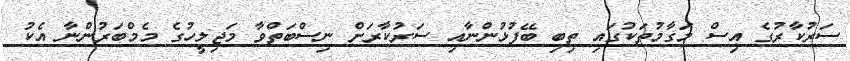
ސަރުކާރުގެ އިސް މަގާމުތަކުގައި ތިބި ބޭފުޅުންނާއި ސަރުކާރަށް ނިސްބަތްވާ މަޖިލީހުގެ މެމްބަރުންނާ އެކު